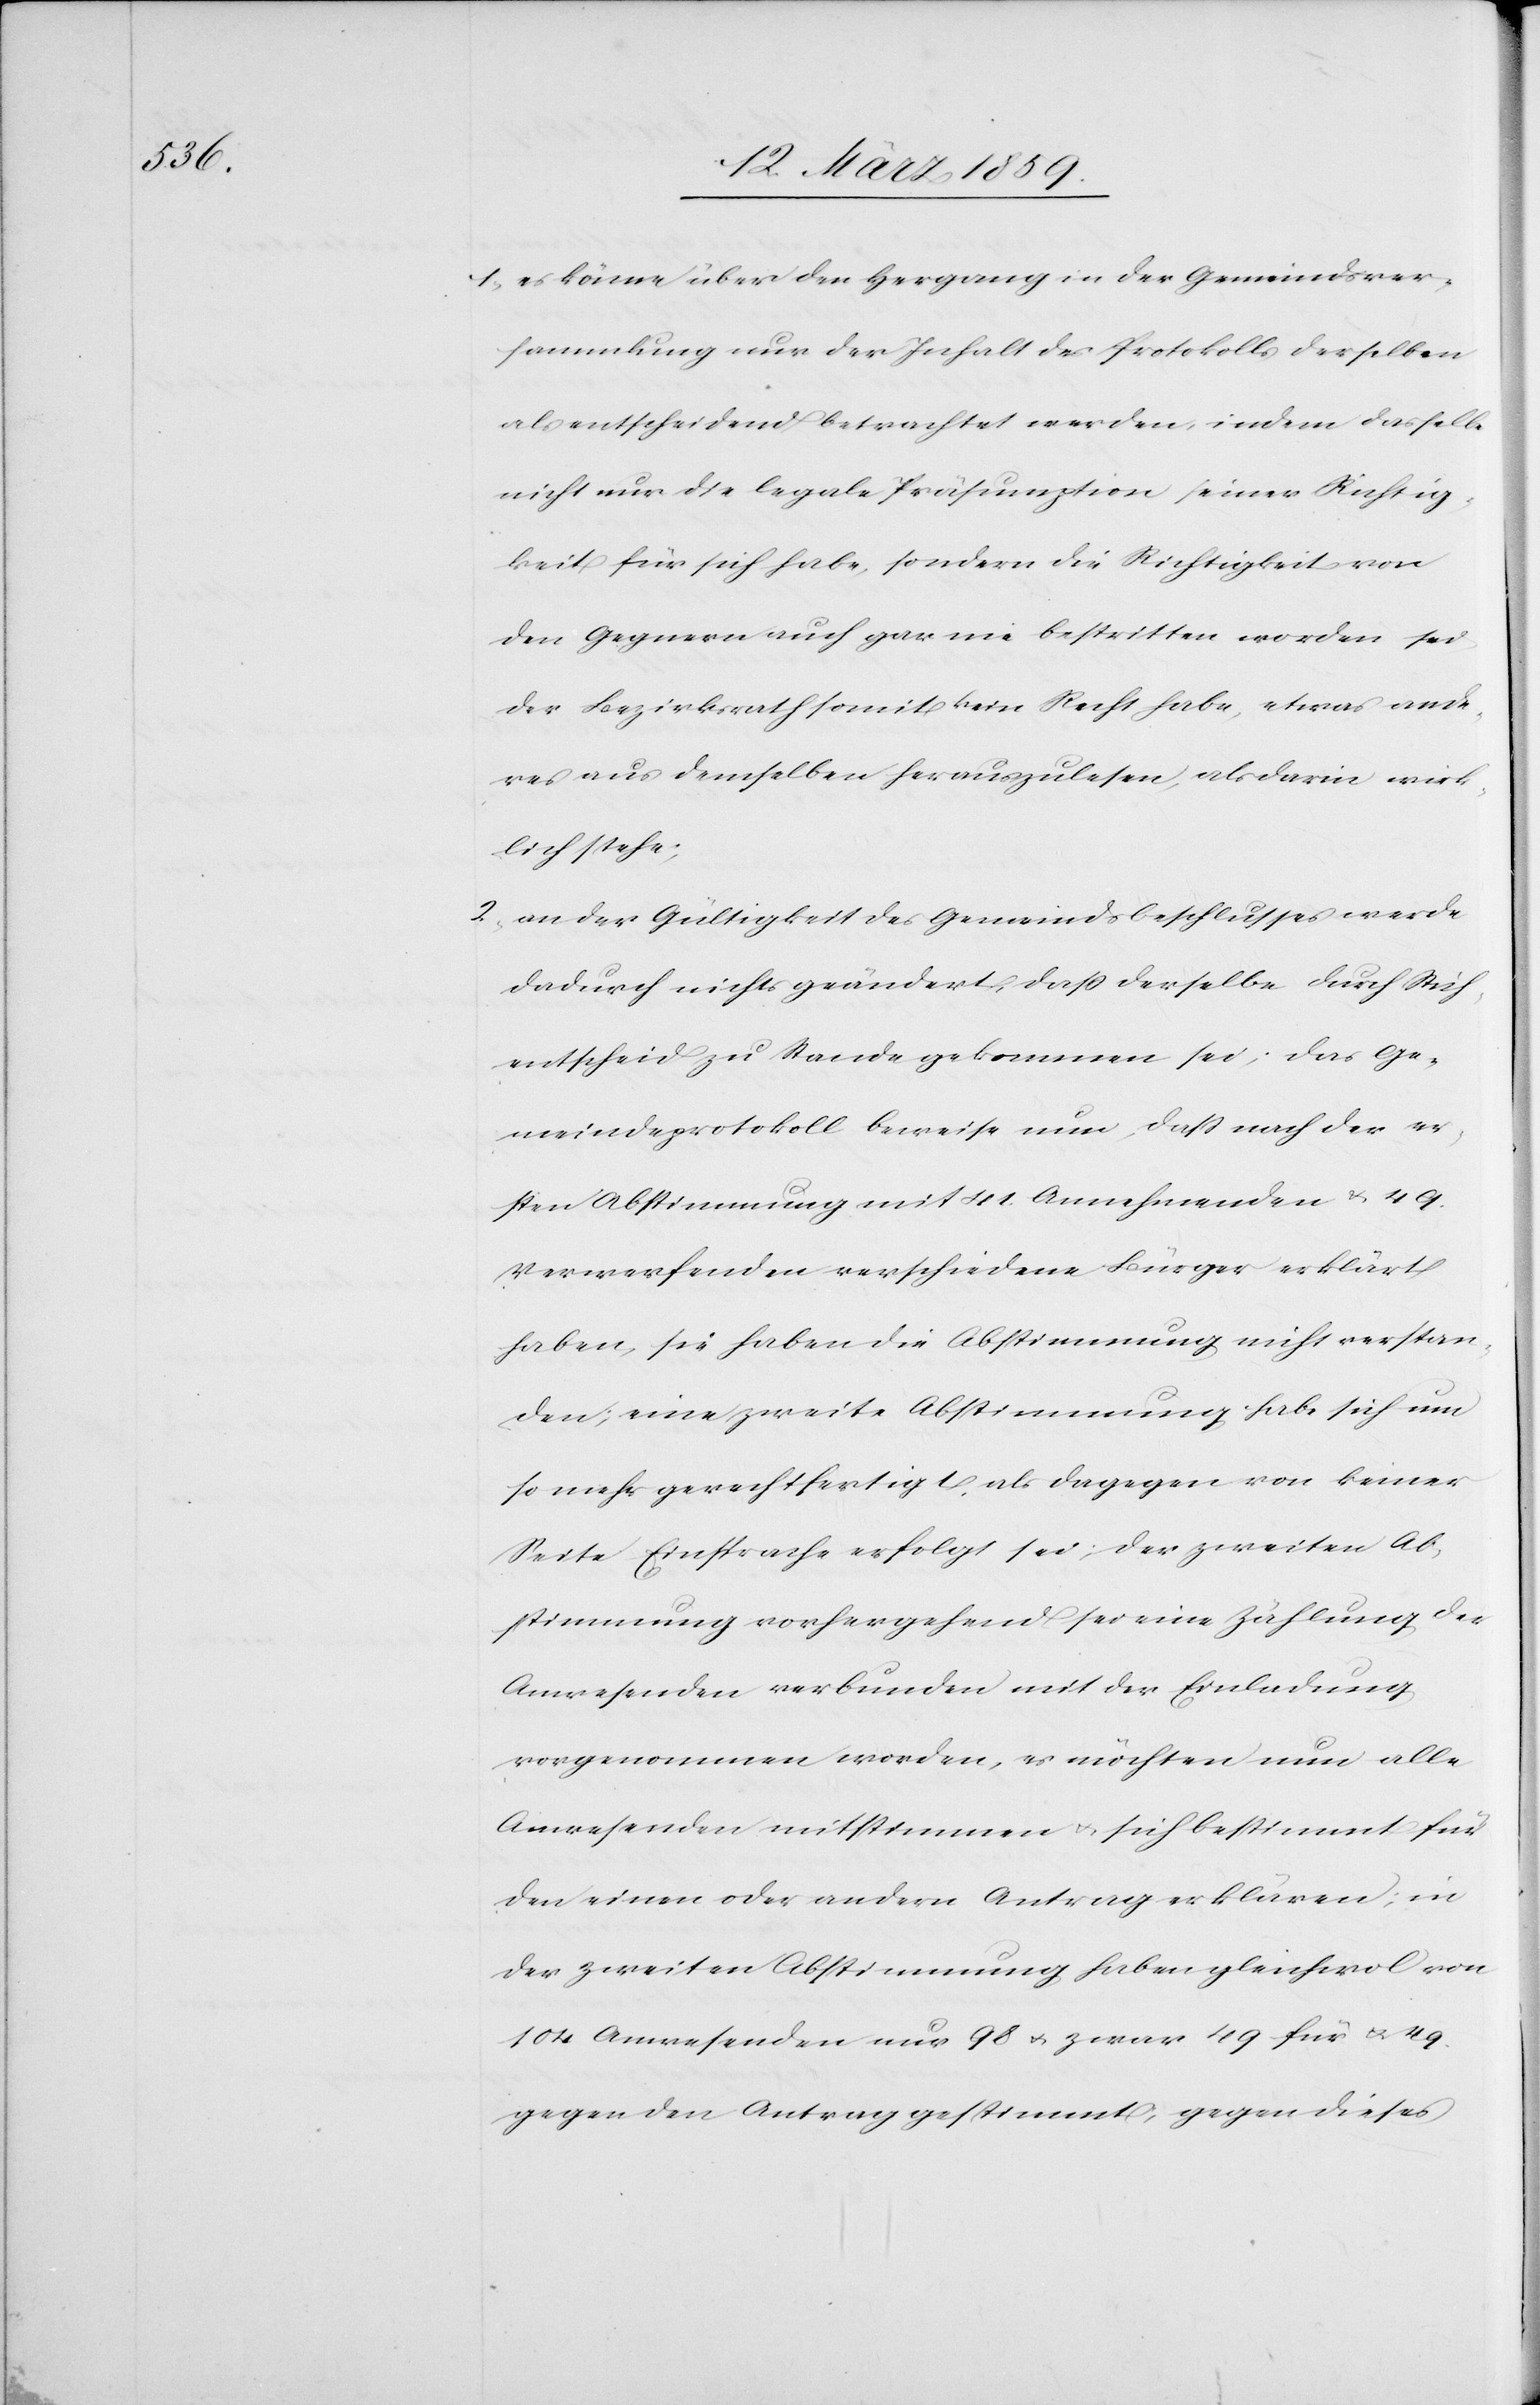
1) es könne über den Hergang in der Gemeindsver¬
sammlung nur der Inhalt des Protokolls desselben
als entscheidend betrachtet werden, indem dasselbe
nicht nur die legale Präsumption seiner Richtig¬
keit für sich habe, sondern die Richtigkeit von
den Gegnern auch gar nie bestritten worden sei
der Bezirksrath somit kein Recht habe, etwas ande¬
res aus demselben herauszulesen, als darin wirk¬
lich stehe;
2) an der Gültigkeit des Gemeindsbeschlusses werde
dadurch nichts geändert, daß derselbe durch Stich¬
entscheid zu Stande gekommen sei; das Ge¬
meindeprotokoll beweise nun, daß nach der er¬
sten Abstimmung mit 41. Annehmenden & 49.
Verwerfenden verschiedene Bürger erklärt
haben, sie haben die Abstimmung nicht verstan¬
den; eine zweite Abstimmung habe sich um
so mehr gerechtfertigt, als dagegen von keiner
Seite Einsprache erfolgt sei; der zweiten Ab¬
stimmung vorhergehend sei eine Zählung der
Anwesenden verbunden mit der Einladung
vorgenommen worden, es möchten nun alle
Anwesenden mitstimmen u. sich bestimmt für
den einen oder andern Antrag erklären; in
der zweiten Abstimmung haben gleichwol von
104 Anwesenden nur 98 u. zwar 49 für u. 49
gegen den Antrag gestimmt, gegen dieses